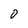
Character: 0